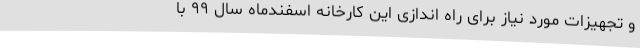
و تجهیزات مورد نیاز برای راه اندازی این کارخانه اسفندماه سال ۹۹ با